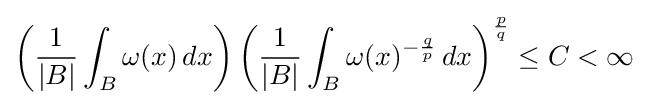
\left({\frac {1}{|B|}}\int _{B}\omega (x)\,dx\right)\left({\frac {1}{|B|}}\int _{B}\omega (x)^{-{\frac {q}{p}}}\,dx\right)^{\frac {p}{q}}\leq C<\infty